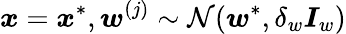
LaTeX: \boldsymbol{x}=\boldsymbol{x}^{*},\boldsymbol{w}^{(j)}\sim\mathcal{N}(\boldsymbol{w}^{*},\delta_{w}\boldsymbol{I}_{w})